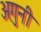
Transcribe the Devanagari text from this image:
अगुनी